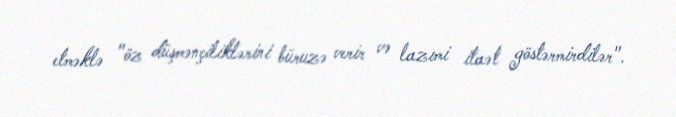
etməklə "öz düşmənçiliklərini büruzə verir və lazımi itaət göstərmirdilər".